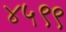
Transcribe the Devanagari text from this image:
४५९९